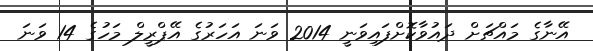
އޭނާގެ މައްޗަށް ދައުވާކޮށްފައިވަނީ 2014 ވަނަ އަހަރުގެ އޭޕްރީލް މަހުގެ 14 ވަނަ